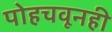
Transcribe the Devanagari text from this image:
पोहचवूनही